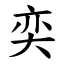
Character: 奕